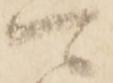
可